NAE_ERA_R-30_Eesti_Riiklik_Spordiamet, lk 75
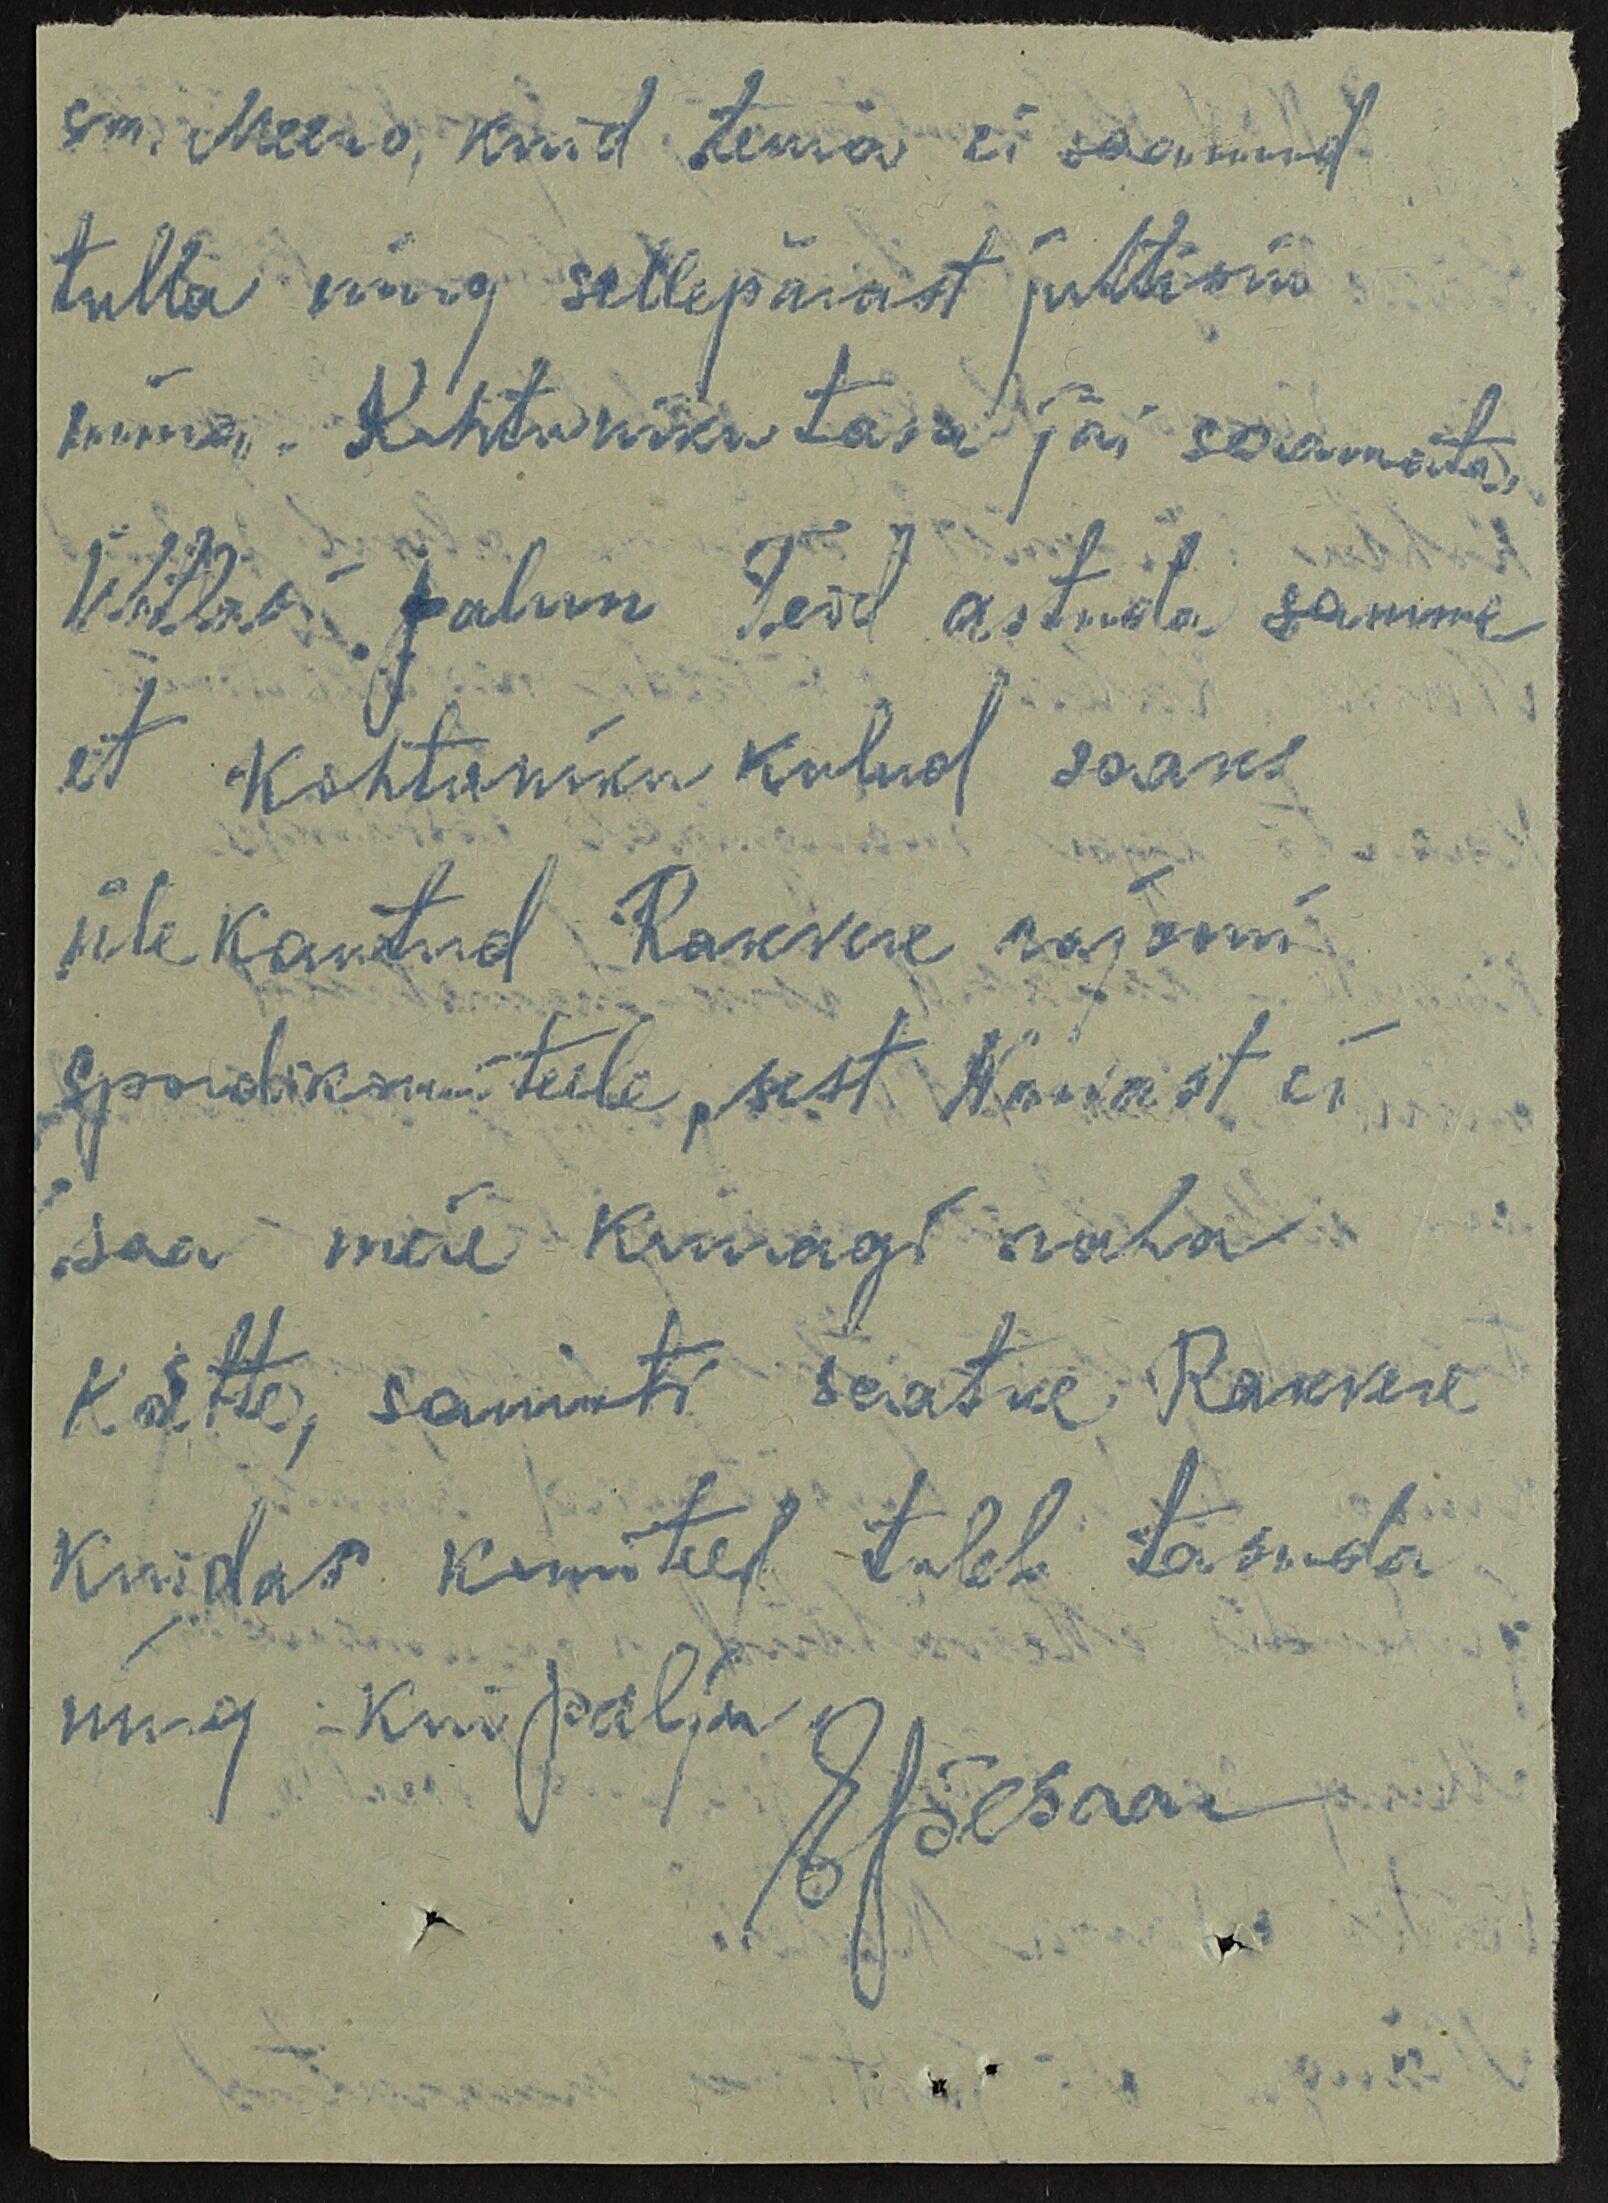
sm. Meero, kuid tema ei saanud
tulla ning sellepärast juhtisin
mina. Kohtuniku tasu jäi saamata.
Ühtlasi palun Teid astuda samme
et kohtuniku kulud saaks
üle kantud Rakvere rajooni
Spordikomiteele, sest Narvast ei
saa meie kunagi raha
kätte, samuti saatke Rakvere
kuidas komiteel tuleb tasuda
ning kui palju
EJõesaar